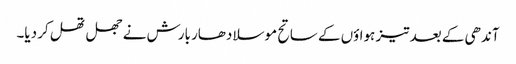
آندھی کے بعد تیز ہواؤں کے ساتح موسلا دھار بارش نے جھل تھل کر دیا۔